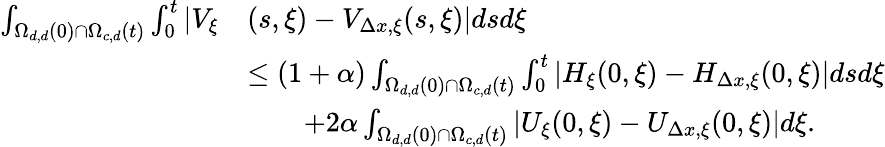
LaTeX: \begin{array}{rl}{\int_{\Omega_{d,d}(0)\cap\Omega_{c,d}(t)}\int_{0}^{t}|V_{\xi}}&{(s,\xi)-V_{\Delta x,\xi}(s,\xi)|dsd\xi}\\ &{\leq\left(1+\alpha\right)\int_{\Omega_{d,d}(0)\cap\Omega_{c,d}(t)}\int_{0}^{t}\left|H_{\xi}(0,\xi)-H_{\Delta x,\xi}(0,\xi)\right|dsd\xi}\\ &{\qquad+2\alpha\int_{\Omega_{d,d}(0)\cap\Omega_{c,d}(t)}\left|U_{\xi}(0,\xi)-U_{\Delta x,\xi}(0,\xi)\right|d\xi.}\end{array}